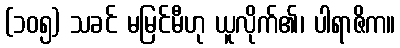
(၁၀၅) သခင် မမြင်မီဟု ယူလိုက်၏၊ ပါရာဇိက။